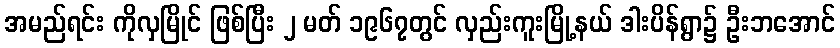
အမည်ရင်း ကိုလှမြိုင် ဖြစ်ပြီး ၂ မတ် ၁၉၆၇တွင် လှည်းကူးမြို့နယ် ဒါးပိန်ရွာ၌ ဦးဘအောင်